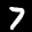
Label: 7